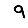
Digit: 9